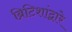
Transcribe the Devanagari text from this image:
ब्रिटिशांद्वारे